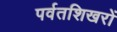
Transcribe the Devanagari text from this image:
पर्वतशिखरों